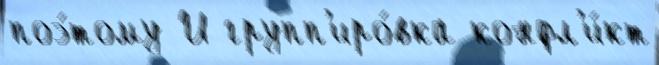
поэ́тому И групп'иро́вка конфл'и́кт